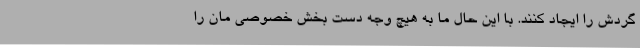
گردش را ایجاد کنند. با این حال ما به هیچ وجه دست بخش خصوصی ‌مان را